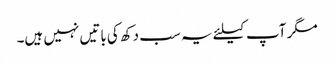
مگر آپ کیلئے یہ سب دکھ کی باتیں نہیں ہیں۔